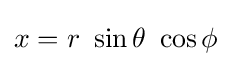
{\textstyle x=r~\sin \theta ~\cos \phi }